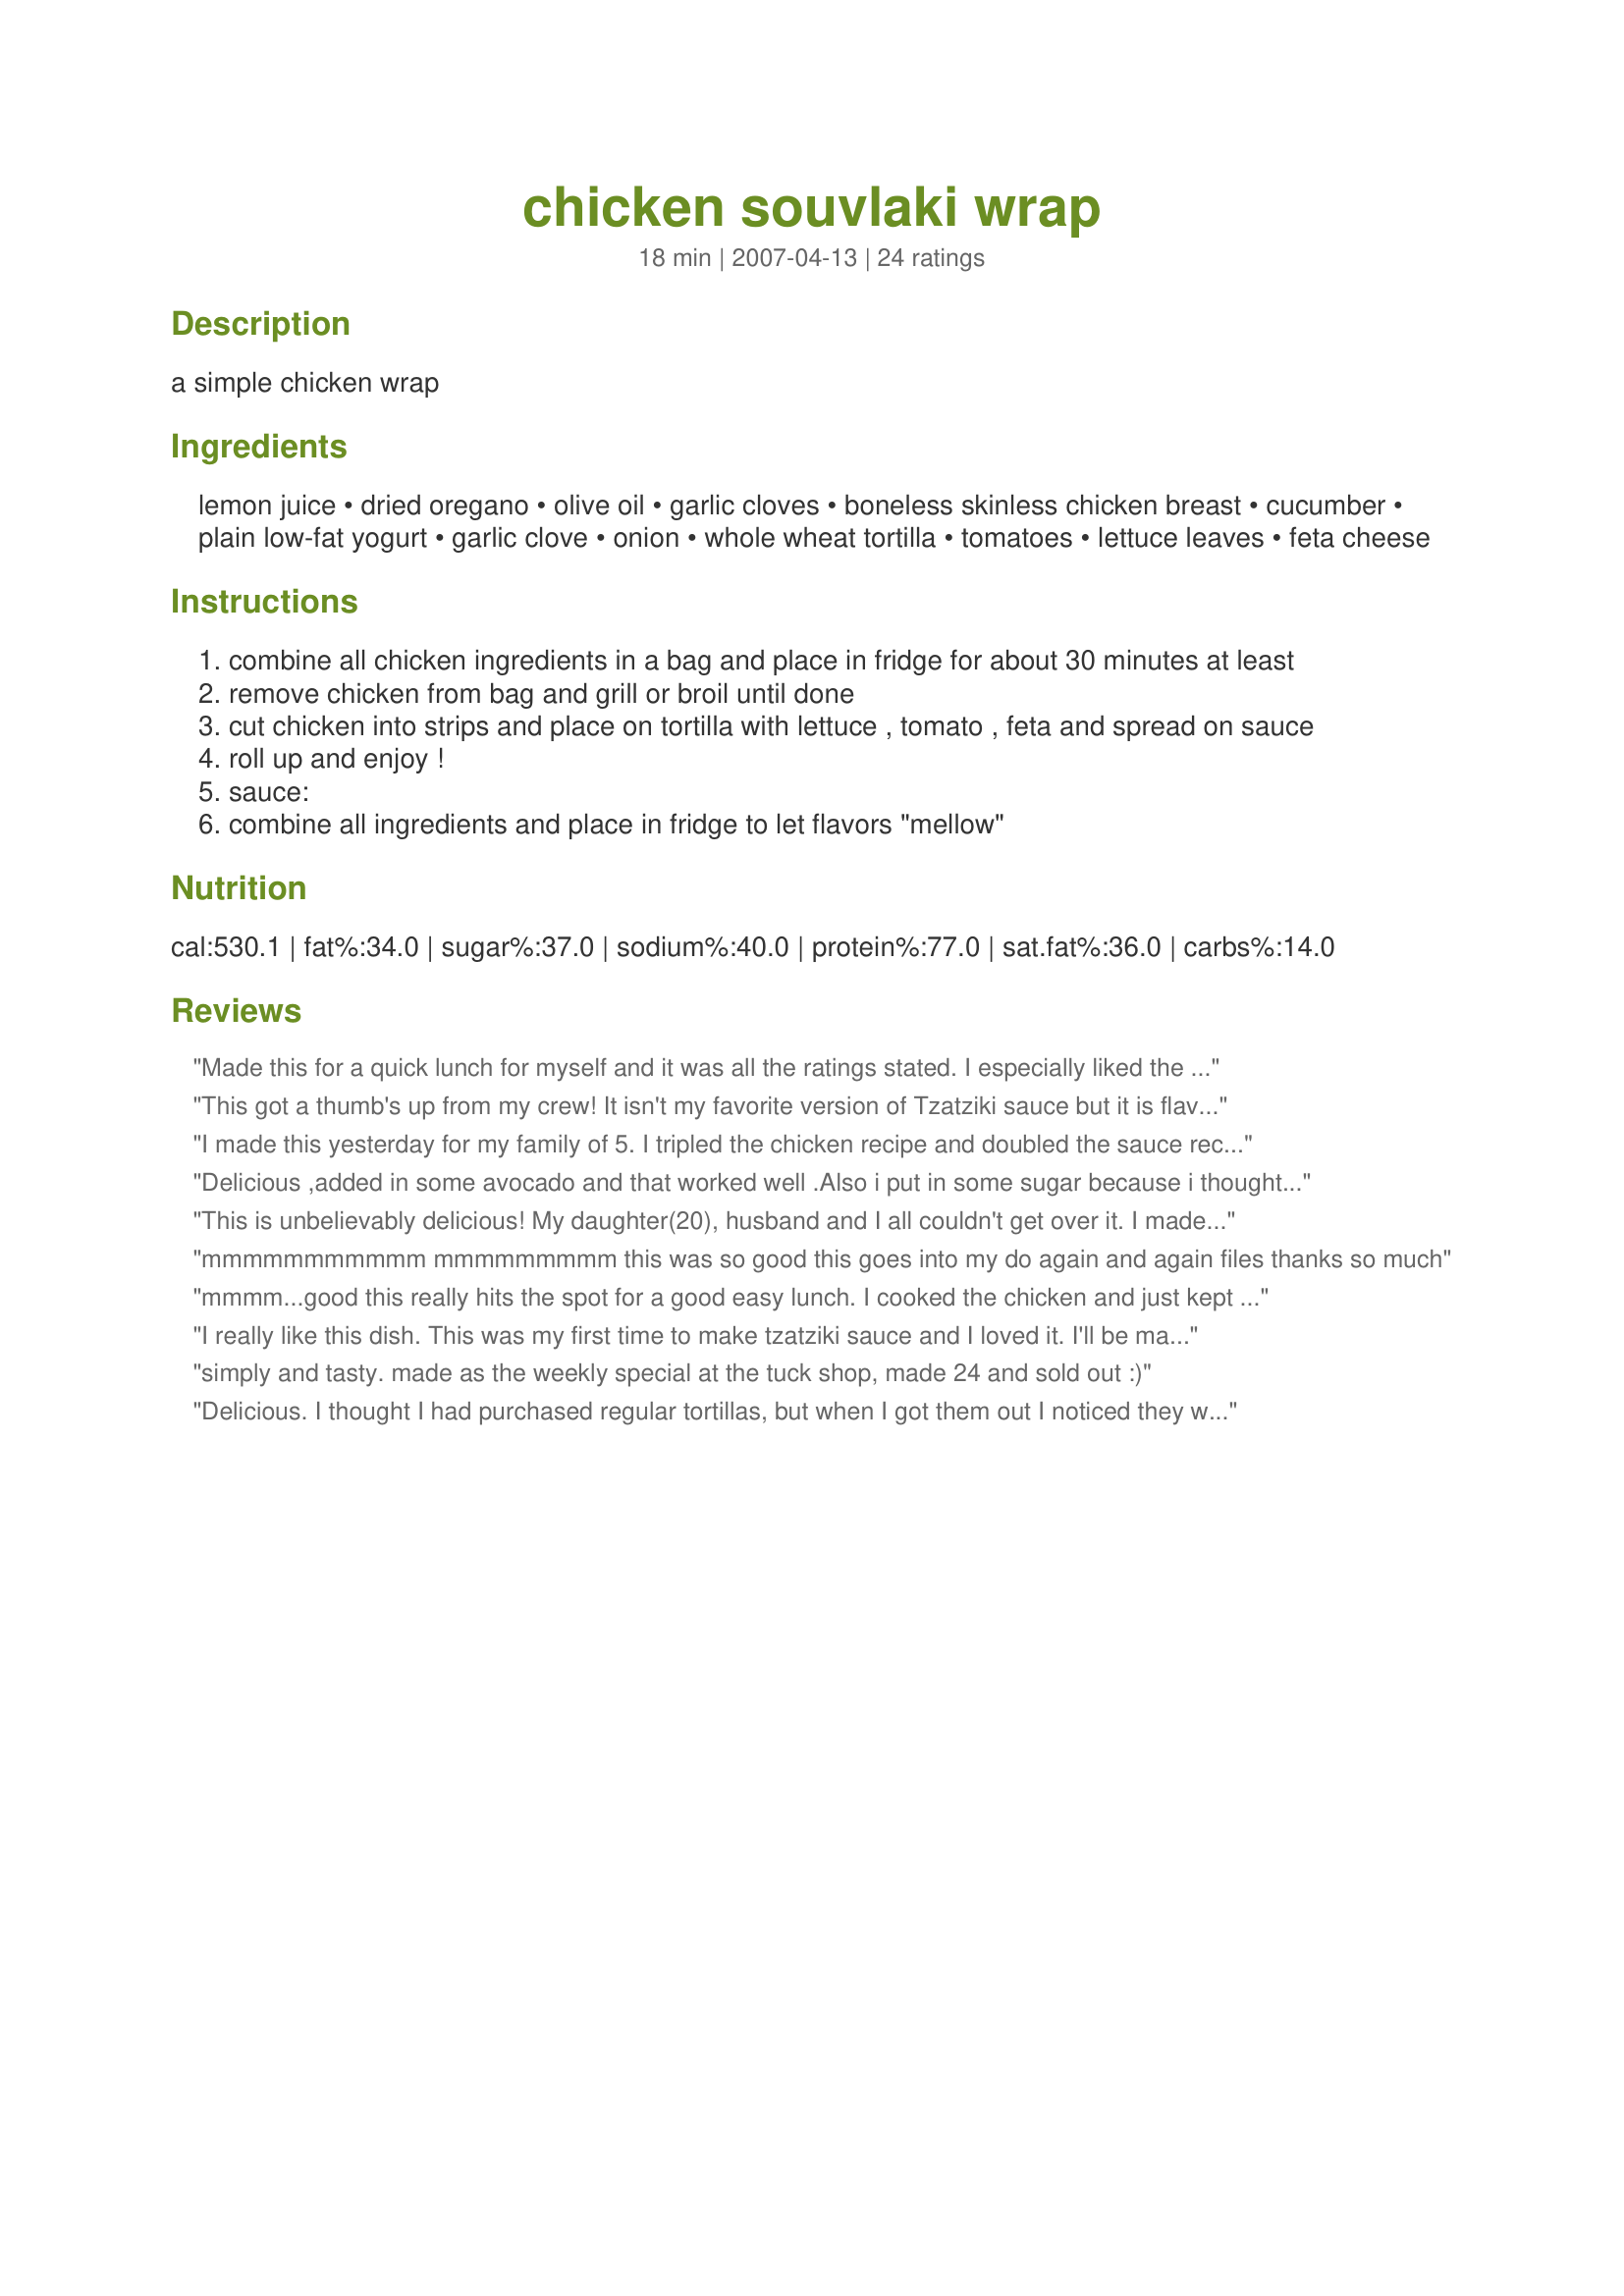
chicken souvlaki wrap
Preparation time: 18 minutes

a simple chicken wrap

Ingredients:
lemon juice, dried oregano, olive oil, garlic cloves, boneless skinless chicken breast, cucumber, plain low-fat yogurt, garlic clove, onion, whole wheat tortilla, tomatoes, lettuce leaves, feta cheese

Steps:
combine all chicken ingredients in a bag and place in fridge for about 30 minutes at least
remove chicken from bag and grill or broil until done
cut chicken into strips and place on tortilla with lettuce , tomato , feta and spread on sauce
roll up and enjoy !
sauce:
combine all ingredients and place in fridge to let flavors "mellow"

Reviews:
Made this for a quick lunch for myself and it was all the ratings stated. I especially liked the marinade for the chicken. Lots of possibilities for that alone.
Thanks for sharing.
-Bird-
This got a thumb's up from my crew! It isn't my favorite version of Tzatziki sauce but it is flavourful for sure. I think it needs a bit more yogurt to make it a little creamier. The chicken is wonderful. I cooked it in the marinade in a skillet -- absolutely delicious. I will use this lemon chicken with other recipes. I thought I had feta but didn't so used old cheddar and it was fine -- not feta, but fine. Thanks for sharing this yummy recipe.
I made this yesterday for my family of 5. I tripled the chicken recipe and doubled the sauce recipe. We used traditional pita instead of the tortilla wrap, though. Everyone loved it! Thanks for sharing this one, we will be making it again soon.
Delicious ,added in some avocado and that worked well .Also i put in some sugar because i thought bit might be a bit sour without it .Will make again but next time doubled!
This is unbelievably delicious! My daughter(20), husband and I all couldn't get over it. I made it exactly as stated. Yum!! I only wish I knew how to pronounce the sauce name :)
mmmmmmmmmmm mmmmmmmmm this was so good this goes into my do again and again files thanks so much
mmmm...good this really hits the spot for a good easy lunch. I cooked the chicken and just kept it in the fridge to thrown together for lunch.
I really like this dish. This was my first time to make tzatziki sauce and I loved it. I'll be making this again.
simply and tasty. made as the weekly special at the tuck shop, made 24 and sold out :)
Delicious. I thought I had purchased regular tortillas, but when I got them out I noticed they were cheddar/jalepeno. I didn't think that would taste very good, so I just wrapped up the chicken et al in the lettuce leaves. Yummy and low carb!
A delicious blend of flavors! I doubled the recipe for my husband and me, and we both loved it! DH wants me to cut back on the feta next time. Thanks!
Very good!
Very tasty wrap! I loved the marinade, though I added way more garlic (personal preference). They were super easy to throw together too which is always a plus. I will definitely make again. Thanks Anme!
The Longmeadow Farm loved these! Last night I threw an extra two chicken breasts into cook while I was preparing another meal, and kept the extra for todays wrap. I love the use of lemon juice here, as well as the oregano. The tzatziki sauce went together in a flash and only got better while sitting. We used corn tortilla's (what was in the fridge) and had feta that I had marinated a week ago with oregano and garlic. Just lovely, Anme. Will use this time and time again. I also added some thinly sliced onion in the wrap on the tomato slice. Oh yum!
Delicious! Both the marinade and the tzatziki sauce stand up all on their own. DH isn't big on raw onion, so I halved it, but we were surprised at how mellow it got after sitting for a couple hours in the tzatziki. I halved the marinade ingredients for the chicken, except the oregano, and it was enough, if you use a ziplock bag. I used a red pepper instead of tomatoes, and it added a nice crunch. The portions and amount of yogurt and tzatziki were spot on for us. I only wish we had more for leftovers tomorrow!
Really delicious! I dry-heated a pan dumped both chicken tenders and marinade straight in. They were left to sizzle until the marinade was a caramel crust all over the chicken. The tzatziki sauce was made 2 hours before eating it but I think the left-overs will be well mellowed tomorrow. Thanks for a really great dinner.
YUM! The Marinade for the chicken was awesome! I did add some Cavender's Greek seasoning to it, and sprinkled some on the chicken before grilling on my George Forman grill. I used a little extra yogurt than called for, also my yogurt was thickened by straining it overnight first. I added a little salt too. I served it with some to-die-for Lebonese pita breads that I bought, and served it more of a gyro style with lettuce and thinly sliced red onion as the toppings. Absolutely Wonderful!
this was so easy and delicious, i used a ready made tzatziki sauce that was on hand but the spices in the chicken were great!
Yum, this made a great quick meal for a Friday night, really tasty, especially loved the lemon infused chicken, even hubby enjoyed this one. I just happened to have Feta on hand so used that but I think I may switch to tasty cheese next time, just personal preference.
I made this and so tasty. I didn&#039;t have any fetta, so used grated tasty cheese. Also served it up with finely diced red capsicum and Spanish onion. Will definitely make it again.
Very nice- I made it with lamb instead of chicken only because I have had chicken almost every day for a week and was ready for something differernt! I've been craving something like this - it hit the spot! Will definitely make again!
Yum! Perfect solution for a souvlaki craving. I ate this all by myself for dinner while Little Miss (DD) and Hubby had steak (which they requested) and I could see in their eyes they wished they had one of these in their hands. Thank you Anme
I loved the flavor and fresh taste of these wraps. The sauce was great. I did add some salt and freshly ground pepper to the chicken right after grilling. The time is correct if you have your ingredients all juiced, minced, shredded, etc. before you start. Be sure to add plenty of additional time to prep those ingredients. 
I made 4 wraps and adjusted for that, but altered the proportions some. For example I added quite a bit more yogurt for the sauce, but no more onion and cucumber, and it was still very textured and strong in flavor. 
I'll enjoy the leftovers, too. Thanks for sharing your recipe.
These look yummy ! Im going to save the recipe and give it a try !! The ingredients look good.
